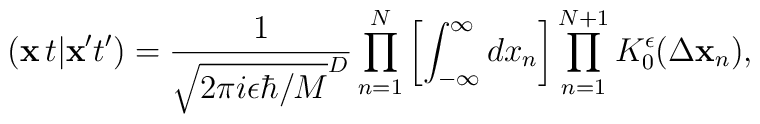
({\bf x}\,t \vert {\bf x}'t') =\frac{1}{\sqrt{2\pi i \epsilon\hbar/M}^D}\prod_{n=1}^{N}\left[\int_{-\infty}^{\infty} dx_n \right] \prod_{n=1}^{N+1} K_0^\epsilon (\Delta{\bf x}_n),